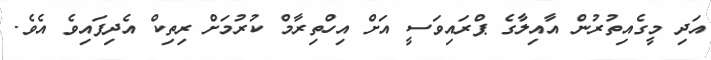
އަދި މީގެއިތުރުން އާއިލާގެ ޕްރައިވަސީ އަށް އިހްތިރާމް ކުރުމަށް ރިތިކް އެދިފައިވެ އެވެ.